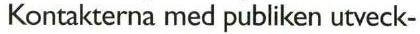
Kontakterna med publiken utveck-